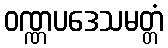
ဝဏ္ဏပဒေသမတ္တံ